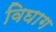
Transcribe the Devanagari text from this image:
विघाग